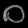
Digit: ၀